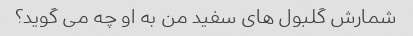
شمارش گلبول های سفید من به او چه می گوید؟